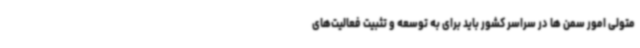
متولی امور سمن ها در سراسر کشور باید برای به توسعه و تثبیت فعالیت‌های